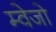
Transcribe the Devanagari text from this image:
म्वेजो